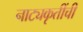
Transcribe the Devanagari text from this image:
नाट्यकृतींची